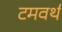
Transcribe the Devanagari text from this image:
टमवर्थ